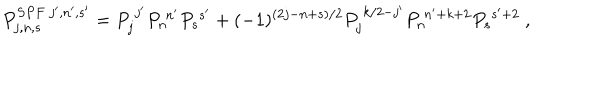
P _ { j , n , s } ^ { S P F ~ j ^ { \prime } , n ^ { \prime } , s ^ { \prime } } = P _ { j } ^ { ~ j ^ { \prime } } P _ { n } ^ { ~ n ^ { \prime } } P _ { s } ^ { ~ s ^ { \prime } } + ( - 1 ) ^ { ( 2 j - n + s ) / 2 } P _ { j } ^ { ~ k / 2 - j ^ { \prime } } P _ { n } ^ { ~ n ^ { \prime } + k + 2 } P _ { s } ^ { ~ s ^ { \prime } + 2 } ~ ,